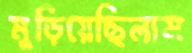
মুড়িয়েছিলাম